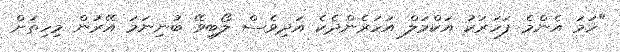
"ހަމަ އެންމެ ފަހަރަކު އަކްމަލް އަހަރެންދެކެ އަދިވެސް ލޯބިވޭ ބުނިނަމަ އޭރުން މިހިތަށް